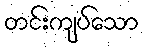
တင်းကျပ်သော